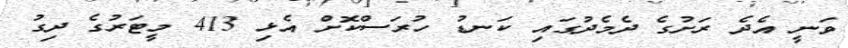
ވަނީ އެދެ ރަށުގެ ދެމެދުގައި ކަނޑު ހުރަސްކޮށް އެޅި 413 މީޓަރުގެ ދިގު